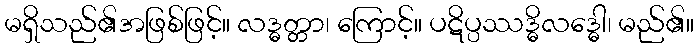
မရှိသည်၏အဖြစ်ဖြင့်။ လဒ္ဓတ္တာ၊ ကြောင့်။ ပဋိပ္ပဿဒ္ဓိလဒ္ဓေါ၊ မည်၏။